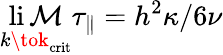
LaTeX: \operatorname*{li\mathcal{M}}_{k\tok_{\mathrm{{crit}}}}\tau_{\parallel}=h^{2}\kappa/6\nu